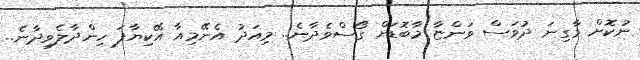
ނުކޮށް މާގިނަ ދުވަސް ވަންޏާ މާބޮޑަށް ގޯސްވެދާނެ.. މިއަދު އެނޭމިއާ އޭކިޔާފަ ހިންދާލެވިދާނެ..